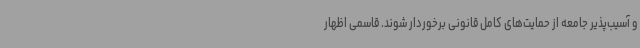
و آسیب‌پذیر جامعه از حمایت‌های کامل قانونی برخوردار شوند. قاسمی اظهار